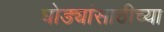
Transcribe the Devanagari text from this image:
घोड्यांसाठीच्या